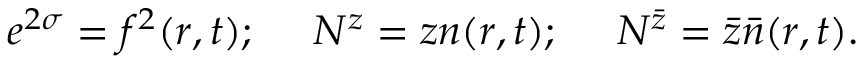
e ^ { 2 \sigma } = f ^ { 2 } ( r , t ) ; ~ ~ ~ ~ N ^ { z } = z n ( r , t ) ; ~ ~ ~ ~ N ^ { \bar { z } } = \bar { z } \bar { n } ( r , t ) .